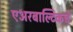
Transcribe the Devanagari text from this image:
एअरबाल्टिकचे